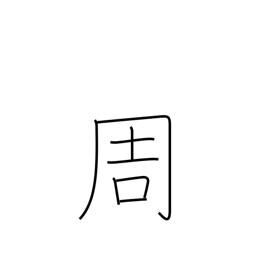
Meaning: circuit